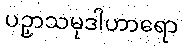
ပဉှာသမုဒါဟာရော